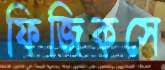
ফিজিকসে